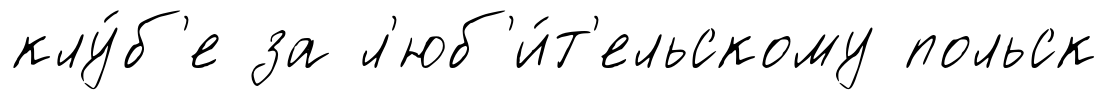
клу́б'е за л'юб'и́т'ельскому польск